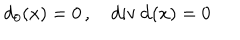
d _ { 0 } ( x ) = 0 \, , \quad \mathrm { d i v } \, { \bf d } ( x ) = 0